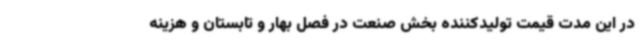
در این مدت قیمت تولیدکننده بخش صنعت در فصل بهار و تابستان و هزینه